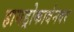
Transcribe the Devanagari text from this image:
हायड्रोकार्बनवर